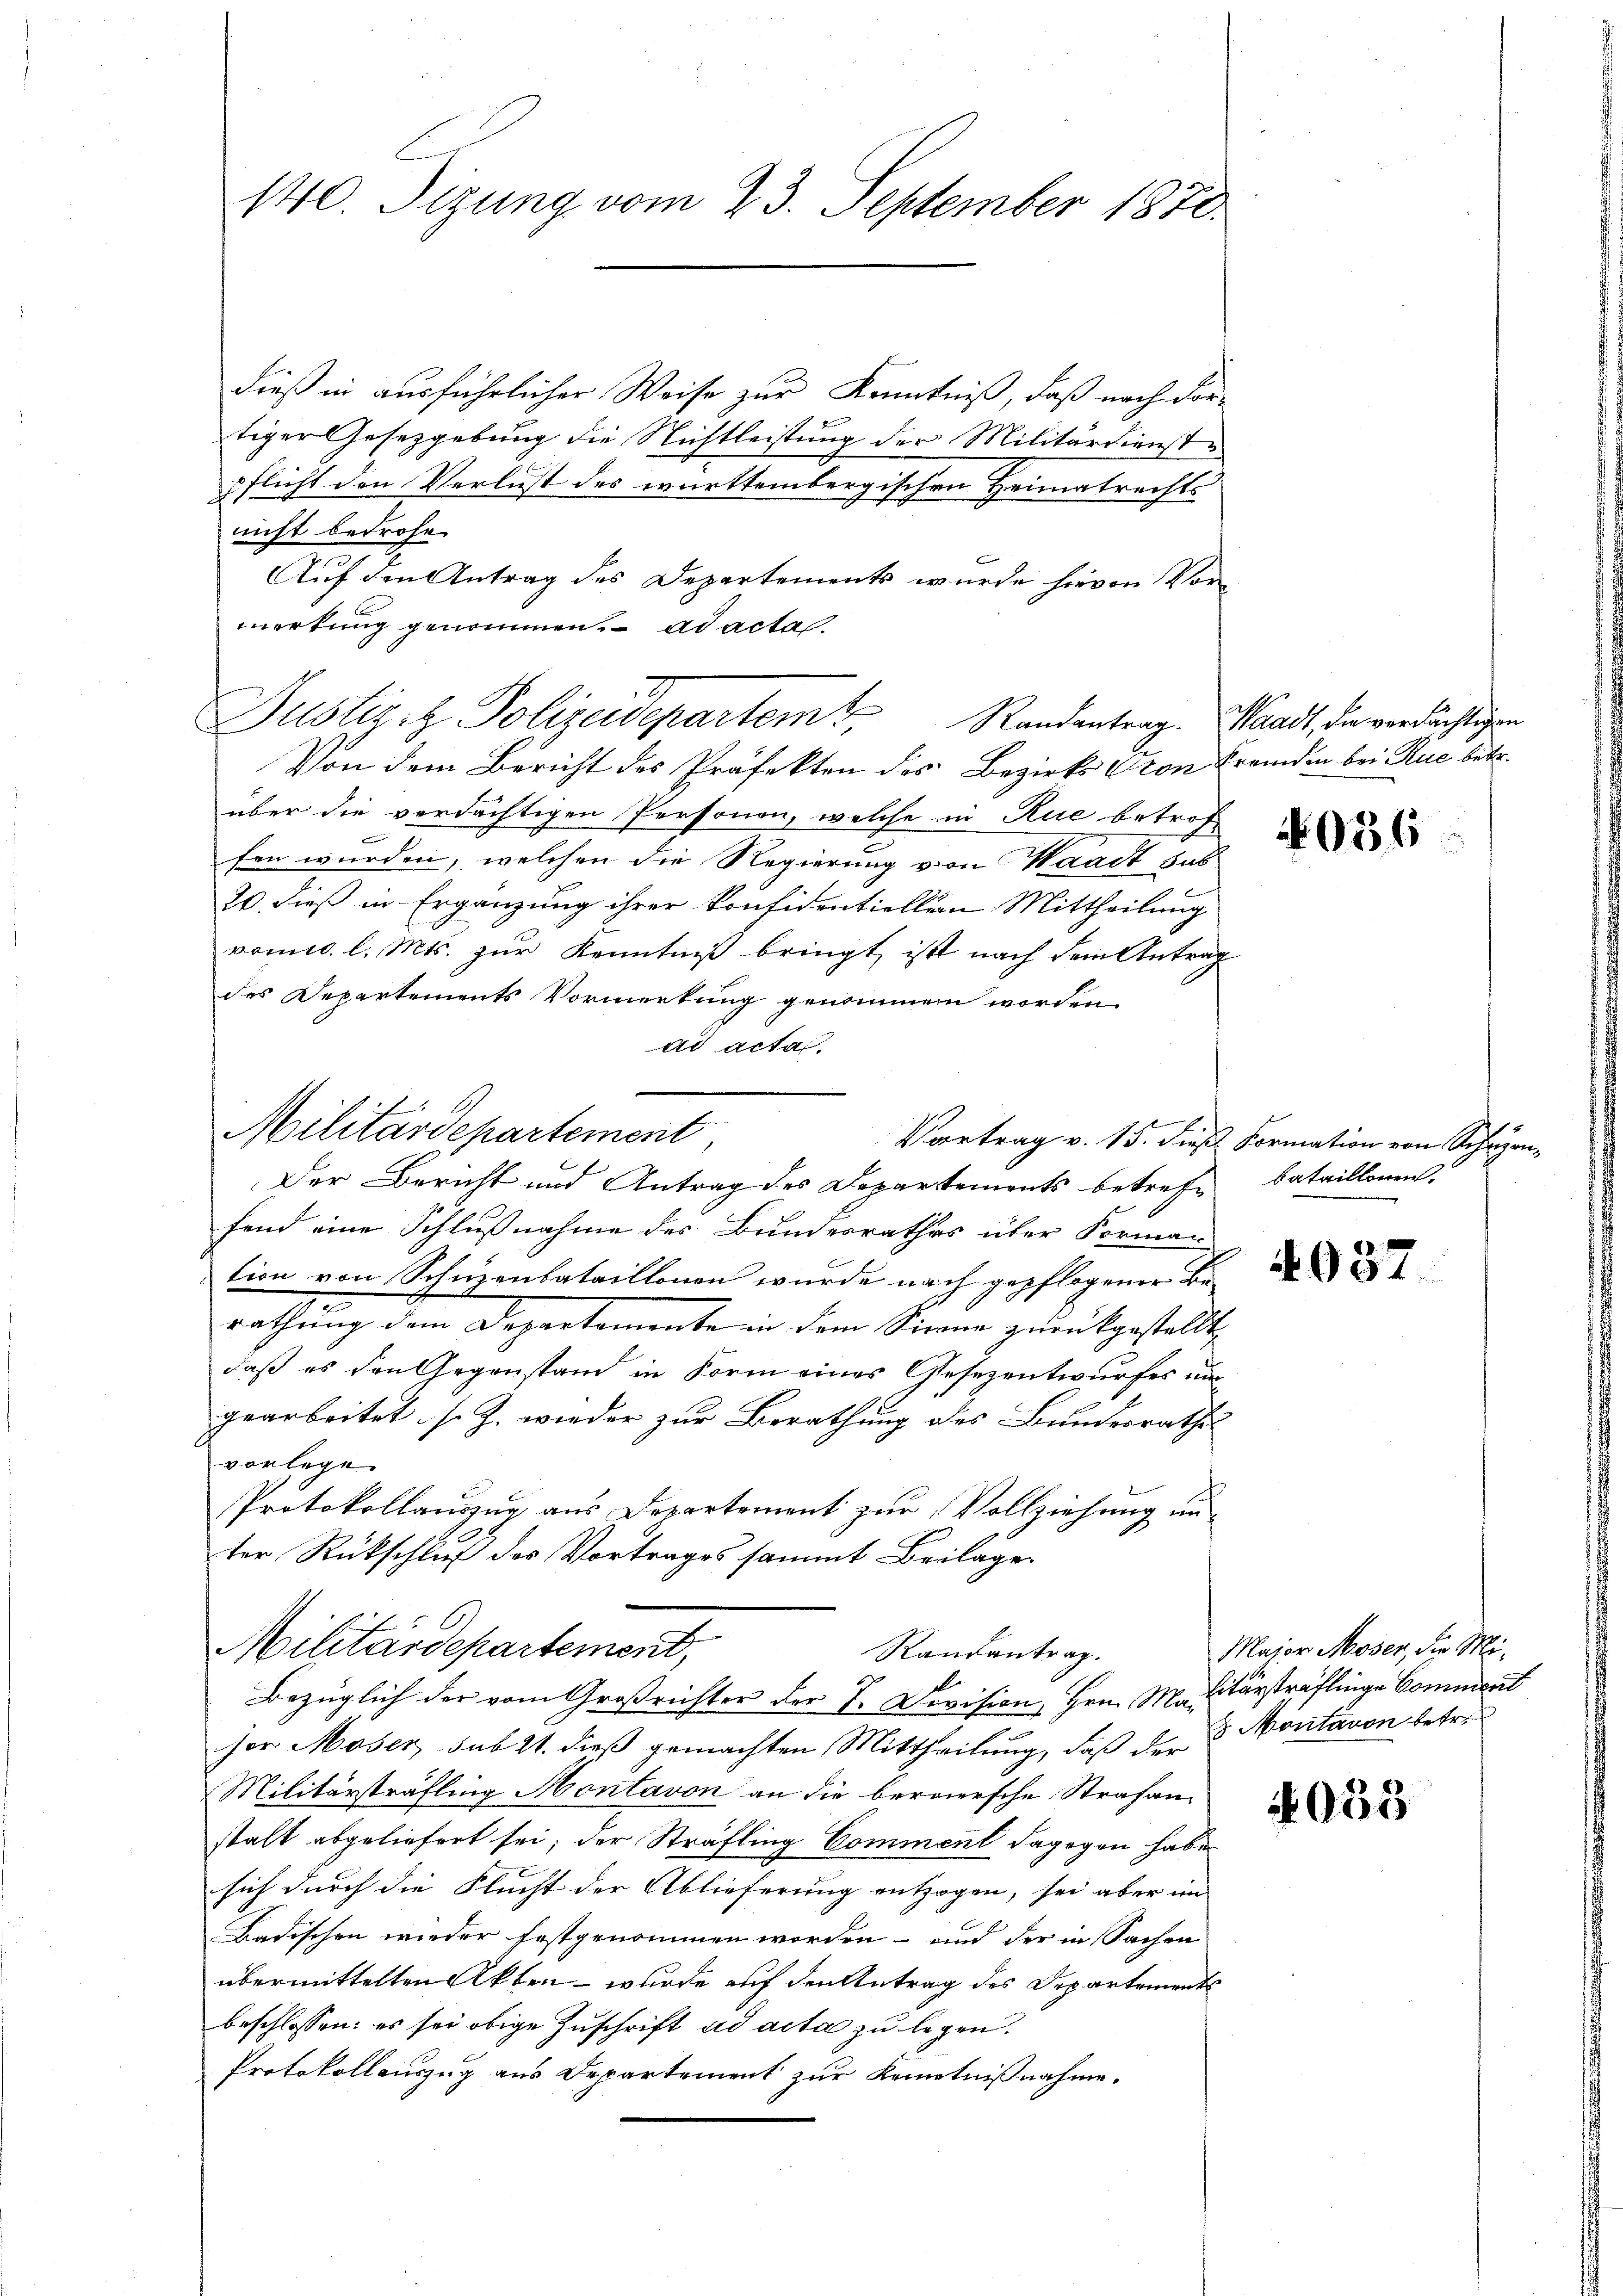
140. Sizung vom 23. September 1870.

dieß in ausführlicher Weise zur Kenntniß, daß nach dortiger Gesetzgebung die Nichtleistung der Militärdienst
pflicht den Verlust des württembergischen Heimatrechts-
nicht bedrohe
Auf den Antrag des Departements wurde hievon Vormerkung genommen. ad actal¬
Von dem Bericht des Präfekten des Bezirks Cron Fremden bei Rue betr.
über die verdächtigen Personen, welche in Rue betrof
e
fen wurden, welchen die Regierung von Waadt das
20. dieß in Ergänzung ihrer Konfidentiellen Mittheilung
vomic. l. Mts. zur Kenntniß bringt, ist nach dem Antrag
des Departements Vormerkung genommen worden.
ad acta.
Der Bericht und Antrag des Departements betrefe, bataillonen.
fend eine Schlußnahme des Bundesrathes über Forman
tion von Schnenbataillonen wurde nach gepflogener Be-
e
rathung dem Departemente in dem Sinne zurückgestellt,
daß es den Gegenstand in Form eines Gesezentwurfes ungearbeitet s. Z. wieder zur Berathung des Bundesrathes
vorlege.
Protokollauszug aus Departement zur Vollziehung un-
ter Rückschluß des Vortrages sammt Beilage
Militärdepartement,
Randantrag.
Bezüglich der vom Großrichter der 7. Division, Hrn. Malitärsträflinge Comment
her Moser, sub 21. dieß gemachten Mittheilung, daß der 3 Montanen betre
Militärsträfling Hontavon an die beraiersche Strafanstalt abgeliefert sei; der Sträfling Comment dagegen habe
sich durch die Flucht der Ablieferung entzogen, sei aber im
Badischen wieder festgenommen worden- und der in Sachen
übermittelten Akten wurde auf den Antrag des Departements
beschlossen: es sei obige Zuschrift ad acta zu legen.
Protokollauszug aus Departement zur Kenntnißnahme.

Militärdepartement

Justiz & Polizeidepartem Randentrag. Waadt, die verdächtigen

4036

Vortrag v. 15. dieß Formation von Schuzen

4037.

Major Moser, die Mi¬

4033